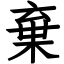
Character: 棄